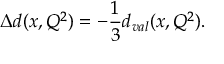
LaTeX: \Delta d ( x , Q ^ { 2 } ) = - { \frac { 1 } { 3 } } d _ { v a l } ( x , Q ^ { 2 } ) .